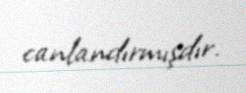
canlandırmışdır.